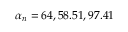
\alpha _ { n } = 6 4 , 5 8 . 5 1 , 9 7 . 4 1